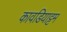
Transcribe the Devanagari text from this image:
कावडियाट्टम